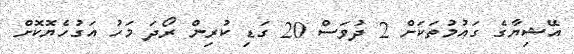
އޭޝިޔާގެ ގައުމުތަކަށް 2 ދުވަސް 20 ގަޑި ކުރިން ރޯދަ މަހު އަގުހެޔޮކޮށް